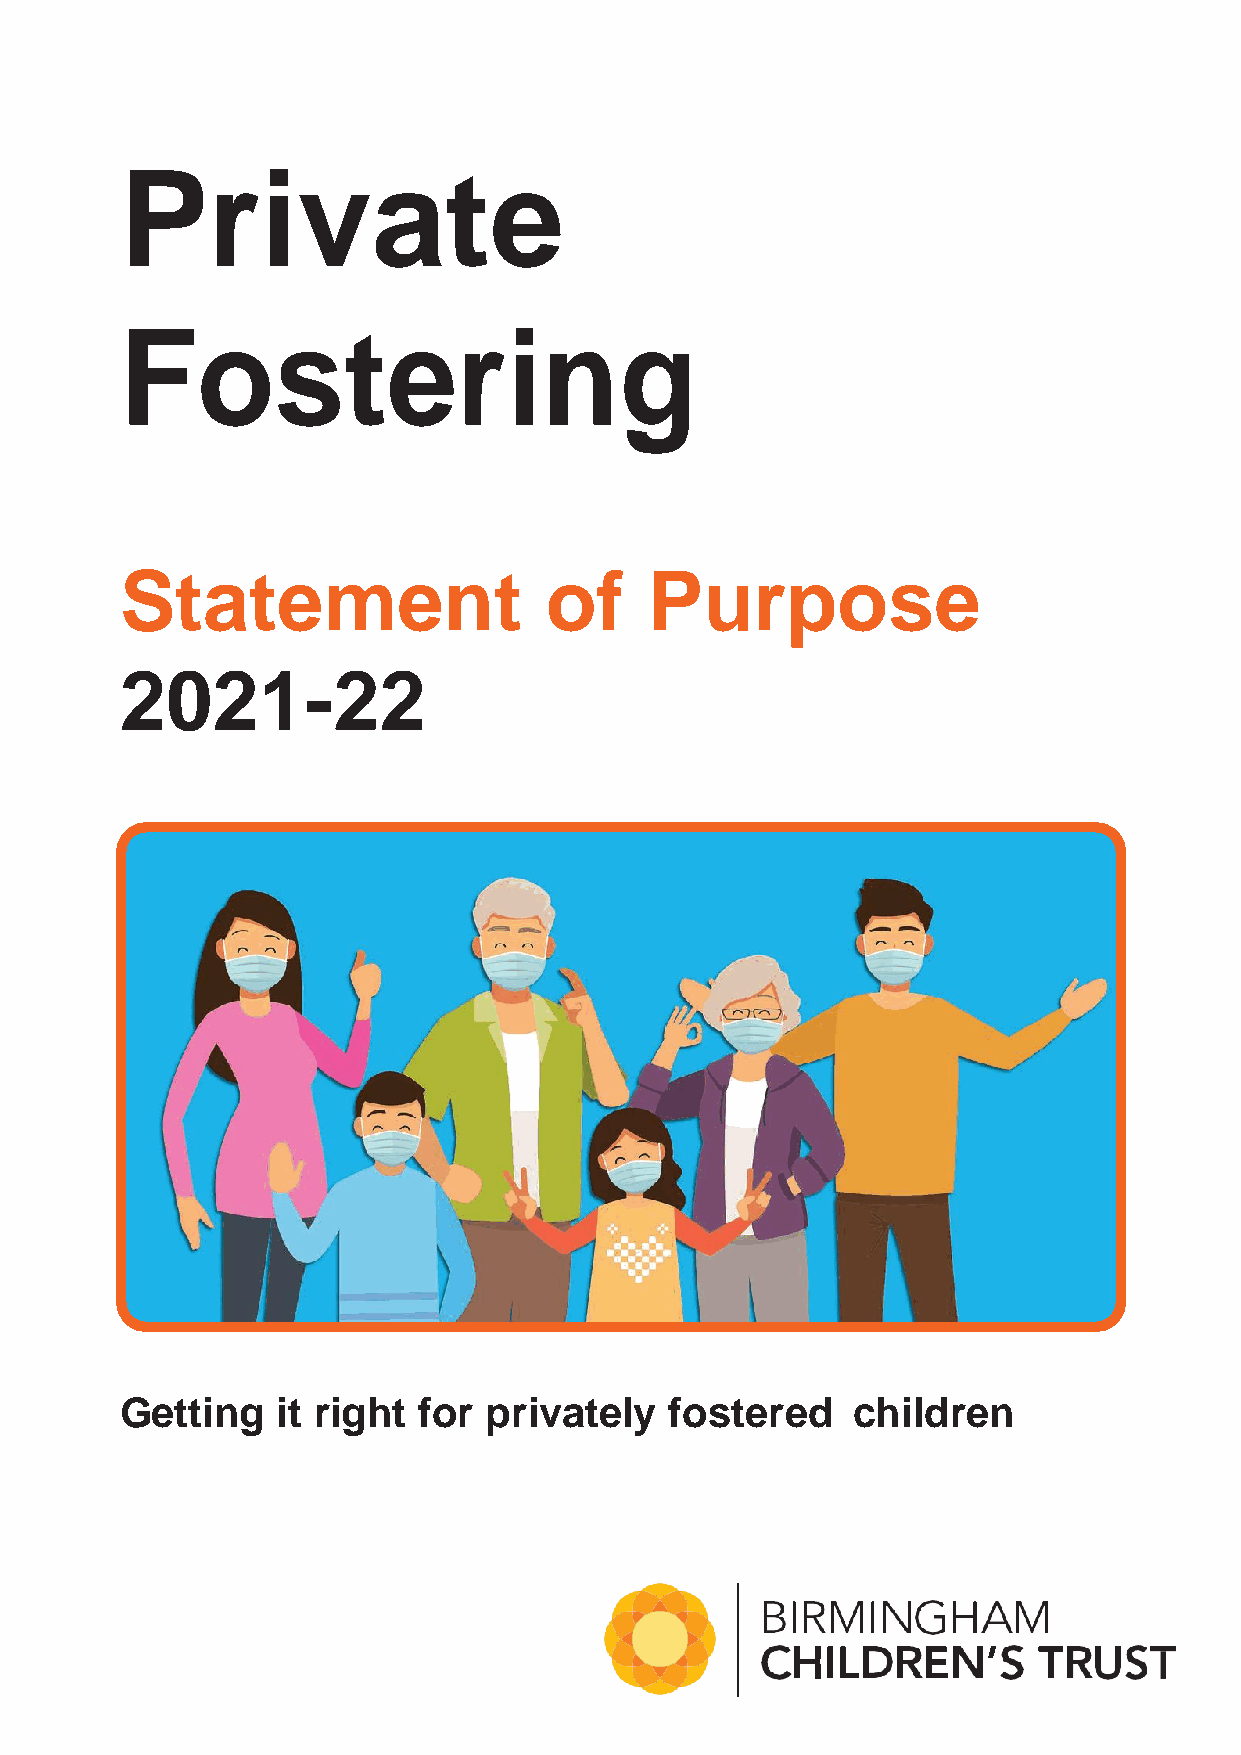
Private
 Fostering
 Statement                   of     Purpose
 2021-22
 Getting   it right  for privately   fostered    children